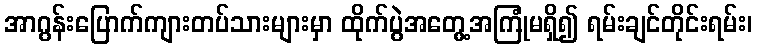
အာဂွန်းပြောက်ကျားတပ်သားများမှာ ထိုက်ပွဲအတွေ့အကြုံမရှိ၍ ရမ်းချင်တိုင်းရမ်း၊